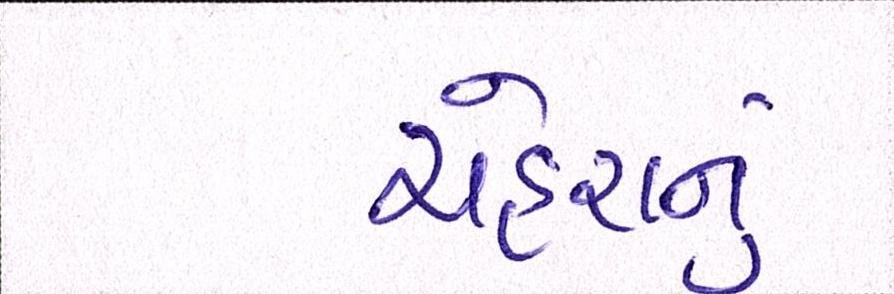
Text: ચહેરાનું